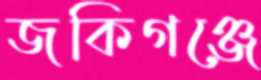
জকিগঞ্জে